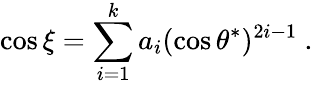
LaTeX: \cos{\xi}=\sum_{i=1}^{k}a_{i}(\cos{\theta^{*}})^{2i-1}\ .